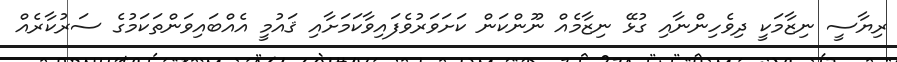
ރިޔާސީ ނިޒާމަކީ ދިވެހިންނާއި ގުޅޭ ނިޒާމެއް ނޫންކަން ކަށަވަރުވެފައިވާކަމަށާއި ޤައުމީ އެއްބައިވަންތަކަމުގެ ސަރުކާރެއް